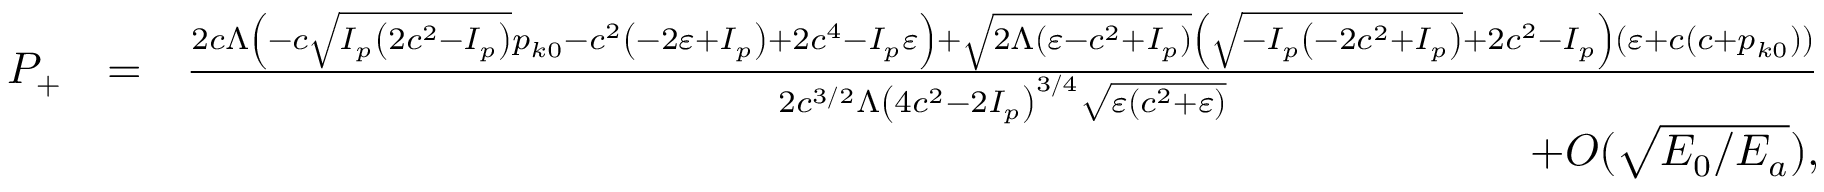
\begin{array} { r l r } { { \cal P } _ { + } } & { = } & { \frac { 2 c \Lambda \left( - c \sqrt { I _ { p } \left( 2 c ^ { 2 } - I _ { p } \right) } p _ { k 0 } - c ^ { 2 } \left( - 2 \varepsilon + I _ { p } \right) + 2 c ^ { 4 } - I _ { p } \varepsilon \right) + \sqrt { 2 \Lambda ( \varepsilon - c ^ { 2 } + I _ { p } ) } \left( \sqrt { - I _ { p } \left( - 2 c ^ { 2 } + I _ { p } \right) } + 2 c ^ { 2 } - I _ { p } \right) \left( \varepsilon + c \left( c + p _ { k 0 } \right) \right) } { 2 c ^ { 3 / 2 } \Lambda \left( 4 c ^ { 2 } - 2 I _ { p } \right) ^ { 3 / 4 } \sqrt { \varepsilon \left( c ^ { 2 } + \varepsilon \right) } } } \\ & { } & { + { \cal O } ( \sqrt { E _ { 0 } / E _ { a } } ) , } \end{array}